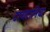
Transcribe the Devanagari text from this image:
टायटानिया